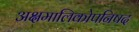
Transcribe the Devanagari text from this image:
अक्षमालिकोपनिषद